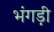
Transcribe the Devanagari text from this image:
भंगड़ी